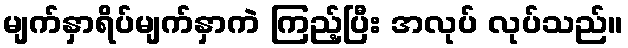
မျက်နှာရိပ်မျက်နှာကဲ ကြည့်ပြီး အလုပ် လုပ်သည်။